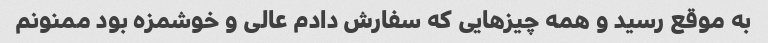
به موقع رسید و همه چیزهایی که سفارش دادم عالی و خوشمزه بود ممنونم